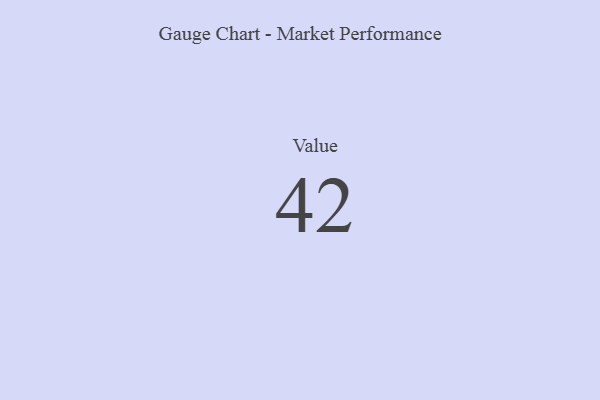
{"axis": {"x": "Metric", "y": "Value"}, "legend": [""], "data": [{"x": "Value", "y": 42, "type": ""}]}